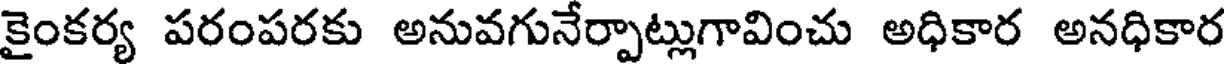
కైంకర్య పరంపరకు అనువగునేర్పాట్లుగావించు అధికార అనధికార